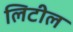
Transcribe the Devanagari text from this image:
लिटील